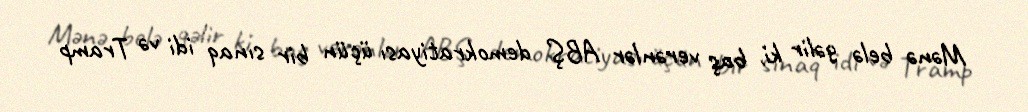
Mənə belə gəlir ki, baş verənlər ABŞ demokratiyası üçün bir sınaq idi və Tramp